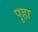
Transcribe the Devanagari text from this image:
पुहा